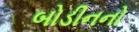
બોડીનનો